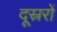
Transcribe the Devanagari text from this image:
दूस्ररों